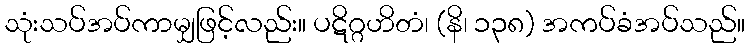
သုံးသပ်အပ်ကာမျှဖြင့်လည်း။ ပဋိဂ္ဂဟိတံ၊ (နိ၊ ၁၃၈) အကပ်ခံအပ်သည်။